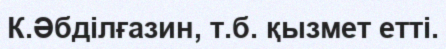
К.Әбділғазин, т.б. қызмет етті.